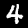
Label: 4